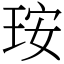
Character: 𤥃